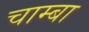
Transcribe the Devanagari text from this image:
चाम्बा